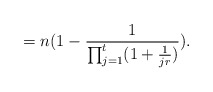
\begin{align*}&=n(1-\frac{1}{\prod_{j=1}^t(1+\frac{1}{jr})}).\end{align*}